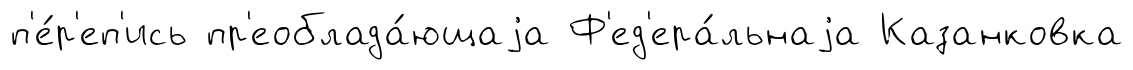
п'е́р'еп'ись пр'еоблада́ющаjа Ф'ед'ера́льнаjа Казанковка